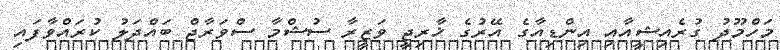
މަހްމޫދު ގުރެއިޝީއާއި އިންޑިއާގެ އޭރުގެ ޚާރިޖީ ވަޒީރާ ސުޝްމާ ސްވަރާޖް ބައްދަލު ކުރައްވާފައި